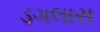
ડગલાસ